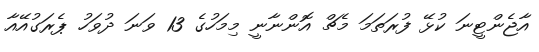
އާޖެންޓީނަ ކުޅޭ ފުރަތަމަ މެޗް އޮންނާނީ މިމަހުގެ 13 ވަނަ ދުވަހު ޕެރަގުއޭއާ